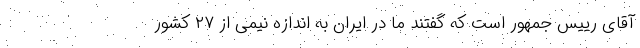
آقای رییس جمهور است که گفتند ما در ایران به اندازه نیمی از ۲۷ کشور